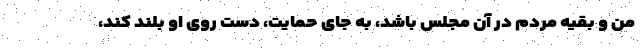
من و بقیه مردم در آن مجلس باشد، به جای حمایت، دست روی او بلند کند،